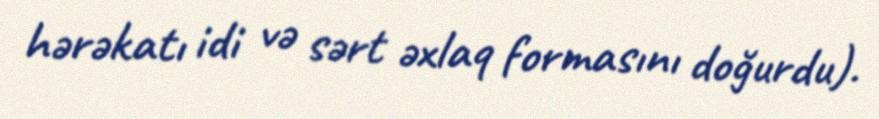
hərəkatı idi və sərt əxlaq formasını doğurdu).